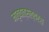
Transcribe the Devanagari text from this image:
मातृवात्सल्यरस